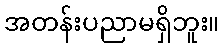
အတန်းပညာမရှိဘူး။